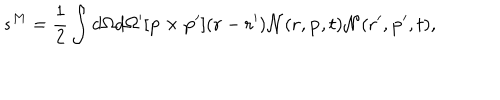
LaTeX: s ^ { M } = { \frac { 1 } { 2 } } \int d \Omega d \Omega ^ { \prime } [ { \bf p } \times { \bf p } ^ { \prime } ] ( { \bf r } - { \bf r } ^ { \prime } ) { \cal N } ( { \bf r } , { \bf p } , t ) { \cal N } ( { \bf r } ^ { \prime } , { \bf p } ^ { \prime } , t ) ,